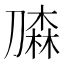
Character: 𰅀